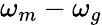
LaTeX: \omega_{m}-\omega_{g}